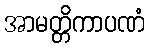
အာမတ္တိကာပဏံ